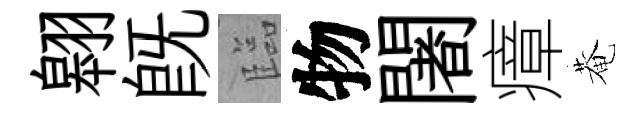
翱既臨物闍瘴菴